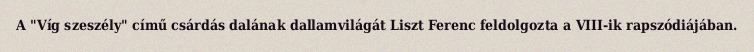
A "Víg szeszély" című csárdás dalának dallamvilágát Liszt Ferenc feldolgozta a VIII-ik rapszódiájában.